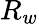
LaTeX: R_{w}